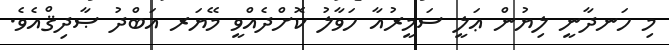
މި ހަނދާނީ ލިޔުން ޢަލީ ސަމީރުއާ ހަވާލު ކޮށްދެއްވީ މޭޔަރ އަބްދު ޞާދިޤްއެވެ.